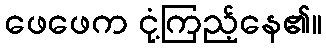
ဖေဖေက ငုံ့ကြည့်နေ၏။